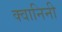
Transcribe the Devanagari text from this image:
क्वानिनी